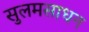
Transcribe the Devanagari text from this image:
सुलमसाधन